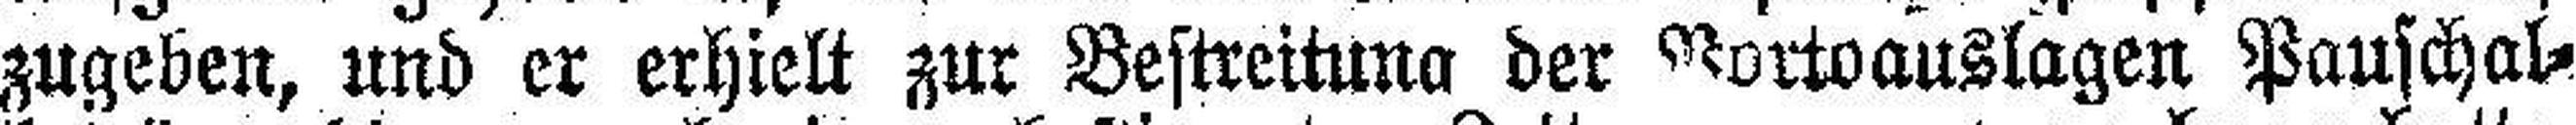
zugeben, und er erhielt zur Bestreitung der Vor##auslagen Pauschal¬